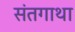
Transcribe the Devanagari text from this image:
संतगाथा